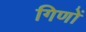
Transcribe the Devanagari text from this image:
गिणों